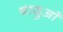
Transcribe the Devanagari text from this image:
बादुआँ